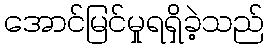
အောင်မြင်မှုရရှိခဲ့သည်